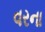
વરના